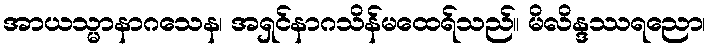
အာယသ္မာနာဂသေန၊ အရှင်နာဂသိန်မထေရ်သည်။ မိလိန္ဒဿရညော၊